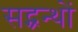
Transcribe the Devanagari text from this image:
सद्ग्रन्थों